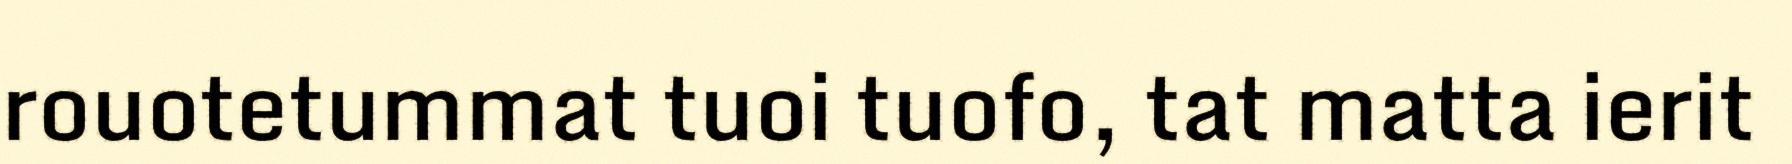
rouotetummat tuoi tuofo, tat matta ierit